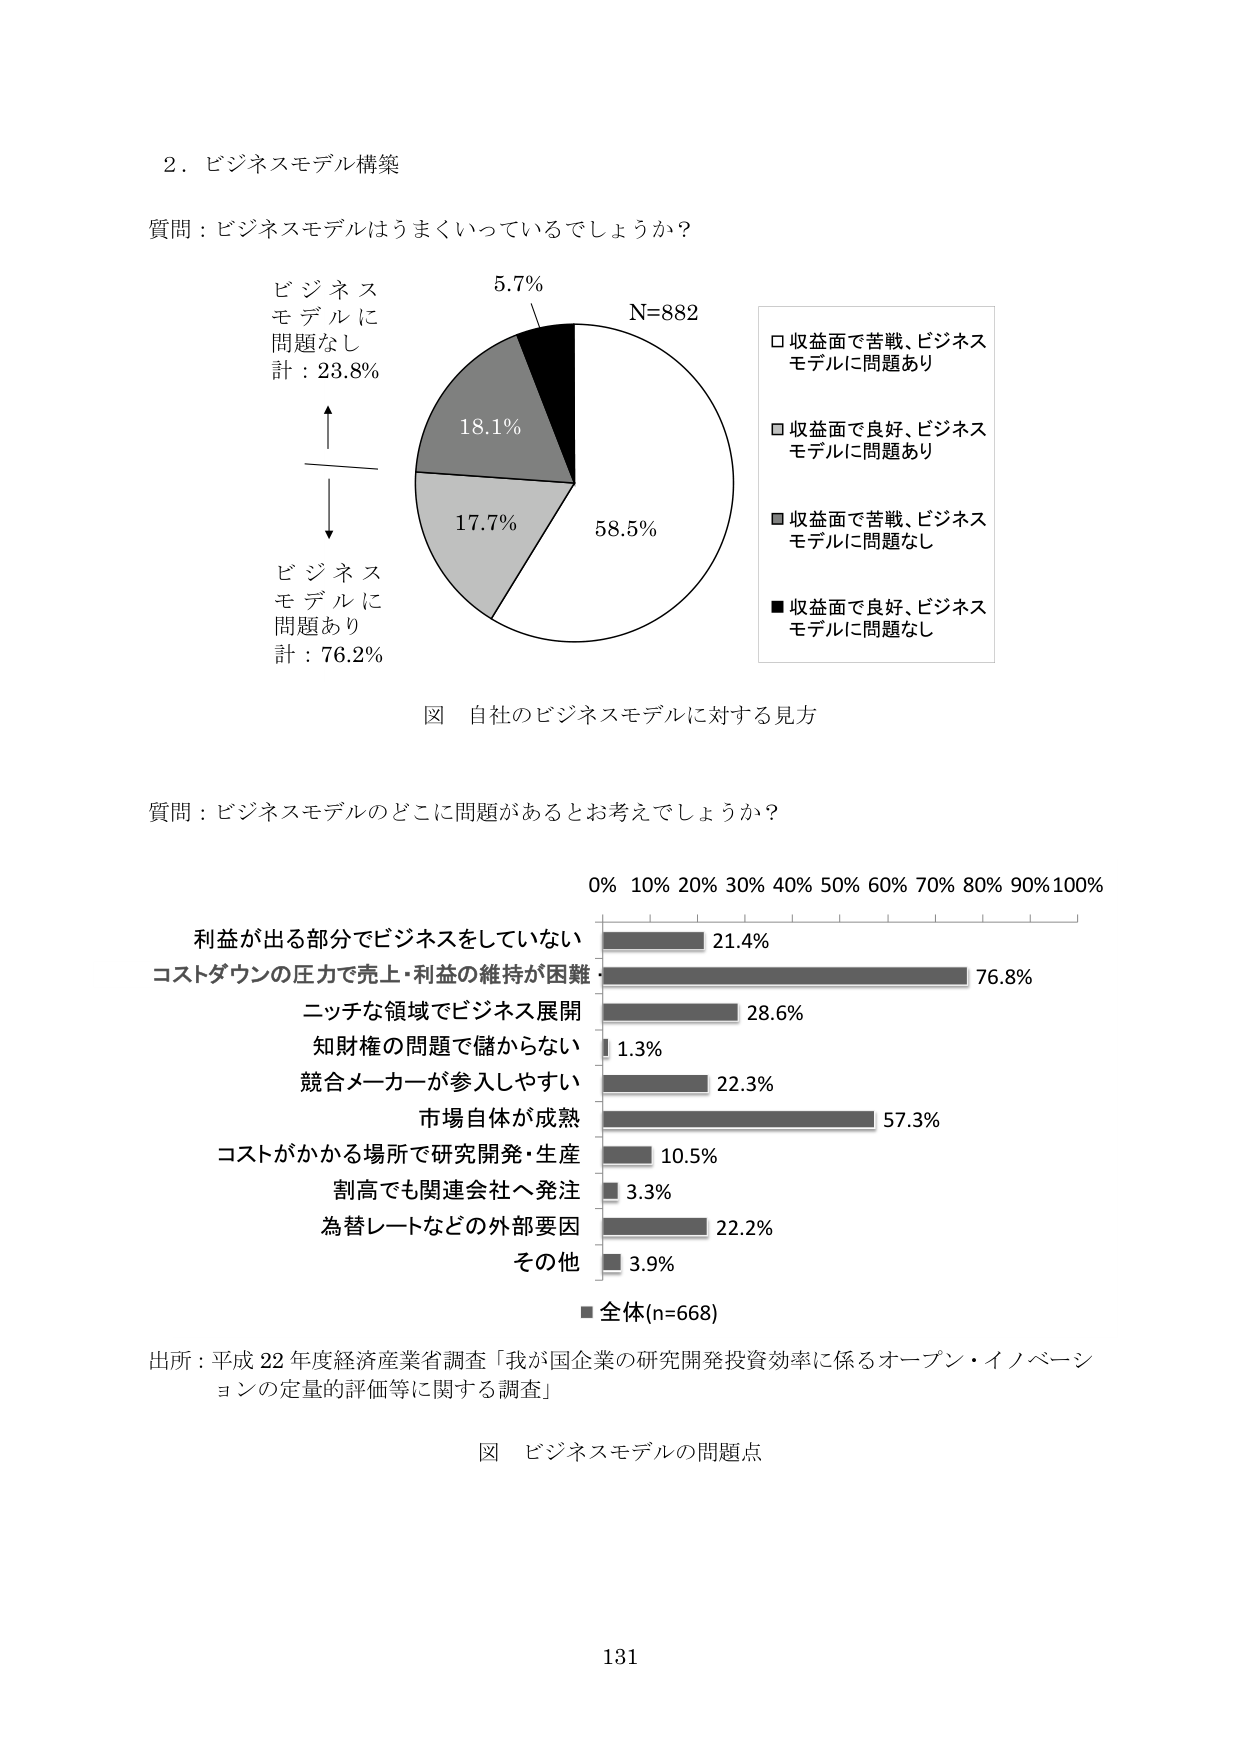
2．ビジネスモデル構築

質問：ビジネスモデルはうまくいっているでしょうか？

ビジネス
モデルに
問題なし
計：23.8%

5.7%
N=882

18.1%

17.7%

58.5%

□収益面で苦戦、ビジネス
モデルに問題あり

□収益面で良好、ビジネス
モデルに問題あり

■収益面で苦戦、ビジネス
モデルに問題なし

■収益面で良好、ビジネス
モデルに問題なし

図 自社のビジネスモデルに対する見方

質問：ビジネスモデルのどこに問題があるとお考えでしょうか？

0% 10% 20% 30% 40% 50% 60% 70% 80% 90% 100%

利益が出る部分でビジネスをしていない 21.4%
コストダウンの圧力で売上・利益の維持が困難 76.8%
ニッチな領域でビジネス展開 28.6%
知財権の問題で儲からない 1.3%
競合メーカーが参入しやすい 22.3%
市場自体が成熟 57.3%
コストがかかる場所で研究開発・生産 10.5%
割高でも関連会社へ発注 3.3%
為替レートなどの外部要因 22.2%
その他 3.9%

■全体(n=668)

出所：平成22年度経済産業省調査「我が国企業の研究開発投資効率に係るオープン・イノベーションの定量的評価等に関する調査」

図 ビジネスモデルの問題点

131